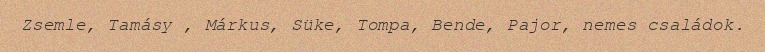
Zsemle, Tamásy , Márkus, Süke, Tompa, Bende, Pajor, nemes családok.